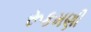
રૂકમણી